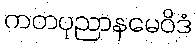
ကတပုညာနမေဝိဒံ